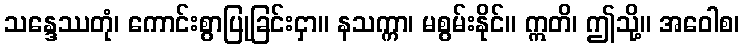
သန္ဒေဿတုံ၊ ကောင်းစွာပြုခြင်းငှာ။ နသက္ကာ၊ မစွမ်းနိုင်။ ဣတိ၊ ဤသို့။ အဝေါစ၊